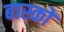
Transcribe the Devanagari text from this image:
बास्कों